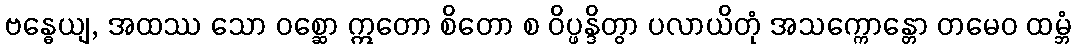
ဗန္ဓေယျ, အထဿ သော ဝစ္ဆော ဣတော စိတော စ ဝိပ္ဖန္ဒိတွာ ပလာယိတုံ အသက္ကောန္တော တမေဝ ထမ္ဘံ